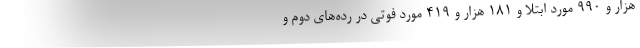
هزار و ۹۹۰ مورد ابتلا و ۱۸۱ هزار و ۴۱۹ مورد فوتی در رده‌های دوم و